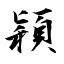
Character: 穎